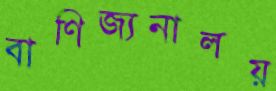
বাণিজ্যনালয়